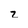
Character: z